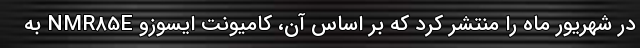
در شهریور ماه را منتشر کرد که بر اساس آن، کامیونت ایسوزو NMR85E به